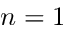
n = 1 \; \;